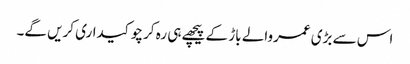
اس سے بڑی عمروالے باڑ کے پیچھے ہی رہ کر چوکیداری کریں گے۔